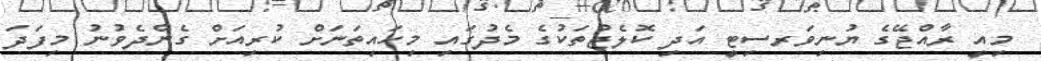
މިއީ ރާއްޖޭގެ ޔުނިވަރސިޓީ އަދި ކޮލެޖުތަކުގެ މެދުގައި މިހައިތަނަށް ކުރިއަށް ގެންދެވުނު މިފަދަ